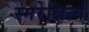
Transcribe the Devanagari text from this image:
स्मरेन्नित्यं